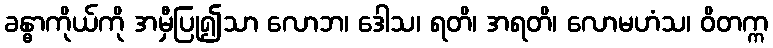
ခန္ဓာကိုယ်ကို အမှီပြု၍သာ လောဘ၊ ဒေါသ၊ ရတိ၊ အရတိ၊ လောမဟံသ၊ ဝိတက္က